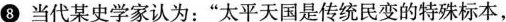
⑧ 当代某史学家认为：”太平天国是传统民变的特殊标本，